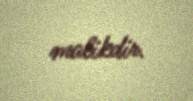
malikdir.